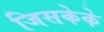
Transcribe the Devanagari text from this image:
जिसकेके